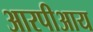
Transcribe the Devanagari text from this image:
आरपीआय